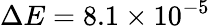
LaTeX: \Delta E=8.1\times 10^{-5}